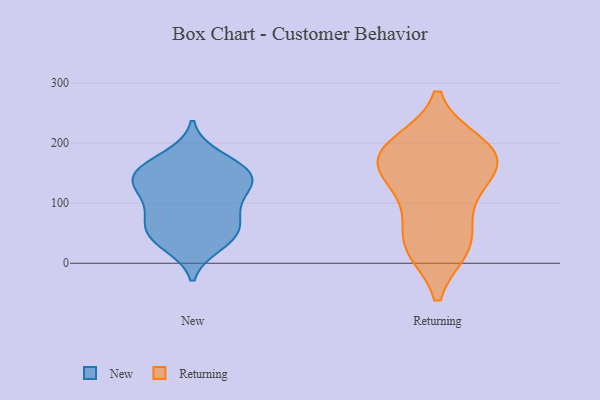
{"axis": {"x": "Backlog", "y": "Value"}, "legend": ["New", "Returning"], "data": [{"x": "", "y": 152, "type": "New"}, {"x": "", "y": 99, "type": "New"}, {"x": "", "y": 145, "type": "New"}, {"x": "", "y": 114, "type": "New"}, {"x": "", "y": 31, "type": "New"}, {"x": "", "y": 48, "type": "New"}, {"x": "", "y": 177, "type": "New"}, {"x": "", "y": 131, "type": "New"}, {"x": "", "y": 70, "type": "New"}, {"x": "", "y": 81, "type": "New"}, {"x": "", "y": 163, "type": "New"}, {"x": "", "y": 40, "type": "New"}, {"x": "", "y": 54, "type": "New"}, {"x": "", "y": 140, "type": "New"}, {"x": "", "y": 142, "type": "New"}, {"x": "", "y": 91, "type": "Returning"}, {"x": "", "y": 156, "type": "Returning"}, {"x": "", "y": 27, "type": "Returning"}, {"x": "", "y": 29, "type": "Returning"}, {"x": "", "y": 197, "type": "Returning"}, {"x": "", "y": 183, "type": "Returning"}, {"x": "", "y": 125, "type": "Returning"}, {"x": "", "y": 34, "type": "Returning"}, {"x": "", "y": 187, "type": "Returning"}, {"x": "", "y": 161, "type": "Returning"}, {"x": "", "y": 180, "type": "Returning"}]}